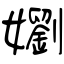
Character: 嬼